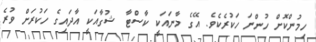
ހިމުންކޮށް ހުންނަ ހަކުރެކެވެ. އޭގެ މާނައަކީ ކާސްޓާ ޝުގާއަކީ އާދައިގެ ހަކުރަށް ވުރެ